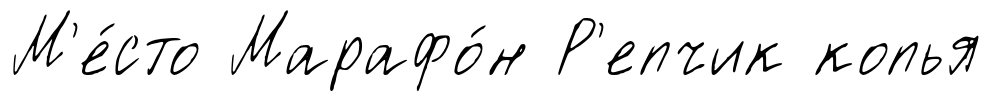
М'е́сто Марафо́н Р'епчик копья